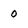
Character: 0